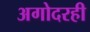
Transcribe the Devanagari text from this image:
अगोदरही